Indian journal of veterinary science and animal husbandry - Volumes 26-27, 1956-1957
Year: 1956
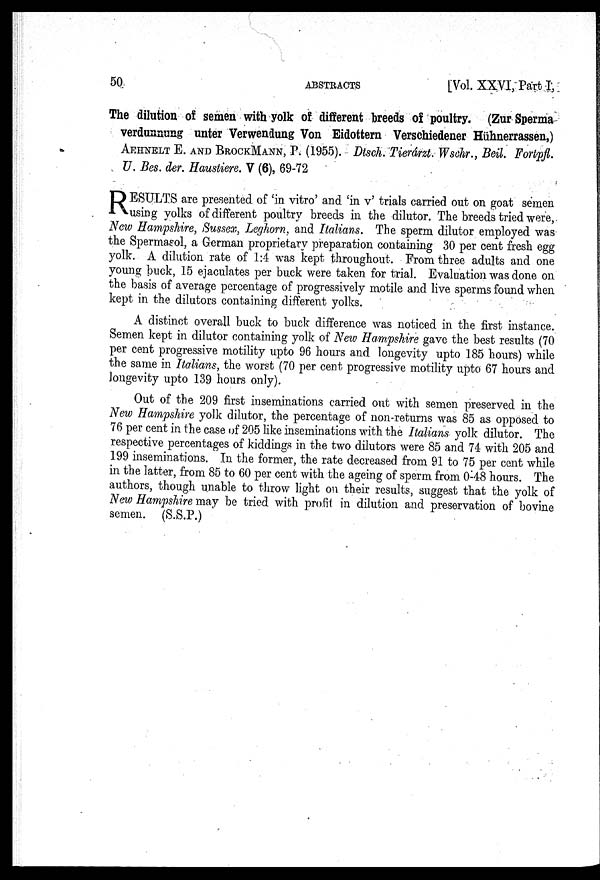
50
ABSTRACTS
[Vol. XXVI, Part I.
The dilution of semen with yolk of different breeds of poultry. (Zur Sperma
verdunnung unter Verwendung Von Eidottern Verschiedener Hühnerrassen,)
AEHNELT E. AND BROCKMANN, P. (1955). Dtsch. Tierarzt. Wschr., Beil. Fortpfl.
U. Bes. der. Haustiere. V (6), 69-72
R ESULTS are presented of 'in vitro' and 'in v' trials carried out on goat semen
using yolks of different poultry breeds in the dilutor. The breeds tried were,
New Hampshire, Sussex, Leghorn, and Italians. The sperm dilutor employed was
the Spermasol, a German proprietary preparation containing 30 per cent fresh egg
yolk. A dilution rate of 1:4 was kept throughout. From three adults and one
young buck, 15 ejaculates per buck were taken for trial. Evaluation was done on
the basis of average percentage of progressively motile and live sperms found when
kept in the dilutors containing different yolks.
A distinct overall buck to buck difference was noticed in the first instance.
Semen kept in dilutor containing yolk of New Hampshire gave the best results (70
per cent progressive motility upto 96 hours and longevity upto 185 hours) while
the same in Italians, the worst (70 per cent progressive motility upto 67 hours and
longevity upto 139 hours only).
Out of the 209 first inseminations carried out with semen preserved in the
New Hampshire yolk dilutor, the percentage of non-returns was 85 as opposed to
76 per cent in the case of 205 like inseminations with the Italians yolk dilutor. The
respective percentages of kiddings in the two dilutors were 85 and 74 with 205 and
199 inseminations. In the former, the rate decreased from 91 to 75 per cent while
in the latter, from 85 to 60 per cent with the ageing of sperm from 0-48 hours. The
authors, though unable to throw light on their results, suggest that the yolk of
New Hampshire may be tried with profit in dilution and preservation of bovine
semen. (S.S.P.)